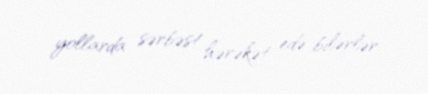
yollarda sərbəst hərəkət edə bilərlər.